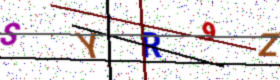
Text: SYR9Z